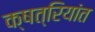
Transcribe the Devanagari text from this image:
क्षत्रियांत